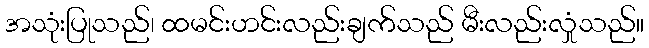
အသုံးပြုသည်၊ ထမင်းဟင်းလည်းချက်သည် မီးလည်းလှုံသည်။